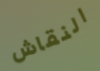
النقاش